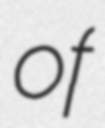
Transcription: of